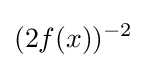
(2f(x))^{-2}